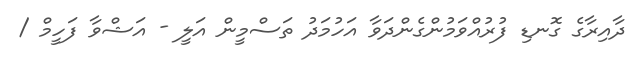
ދާއިރާގެ ގޮނޑި ފުރުއްވަމުންގެންދަވާ އަހުމަދު ތަސްމީން އަލީ - އަޝްވާ ފަހީމް /